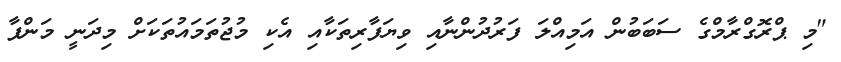
"މި ޕްރޮގްރާމްގެ ސަބަބުން އަމިއްލަ ފަރުދުންނާއި ވިޔަފާރިތަކާއި އެކި މުޖުތަމައުތަކަށް މިދަނީ މަންފާ